Report of the Hyderabad Chloroform Commission
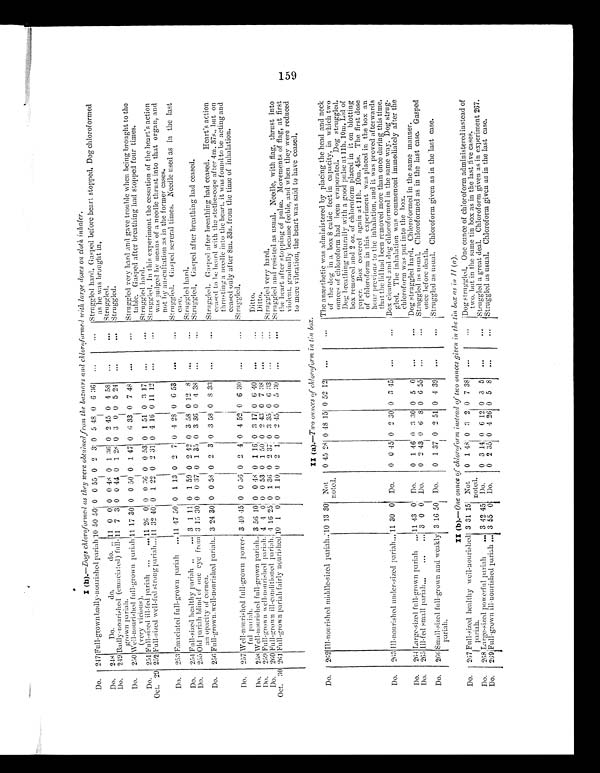
I (h).— Dogs chloroformed as they were obtained from the bazaars and chloroformed with large doses on cloth, inhaler.
Do.
247 Full-grown badly-nourished pariah 10 50 50 0 0 55 0 2 3 0 5 48 0 6 36
...
...
Struggled hard. Gasped before heart stopped, Dog chloroformed
as he was brought in.
Do.
248
Do.
do.
do. . . . 11 0 0 0 0 48
0 1 3 6 0 2 45 0 4 58
...
... Struggled.
Do.
249 Badly-nourished (emaciated) full-
grown pariah.
11 7 3 0 0 44 0 1 28 0 3 0 0 5 24
...
Struggled.
Do.
250 Well-nourished full-grown pariah
(very vicious).
11 17 30 0 0 50 0 1 47 0 6 33 0 7 48
...
...
struggled very hard and gave trouble when being brought to the
table. Gasped after breathing had stopped four times.
Do.
251 Full-sized ill-fed pariah ...
... 11 26 0 0 0 36 0 0 53 0 1 51 0 3 17
...
...
Struggled hard.
Oct. 29 252 Full-sized well-fed strong pariah... 11 32 40 0 1 22 0 2 31 0 4 16 0 11 12
...
...
Struggled. In this experiment the cessation of the heart's action
was judged by means of a needle thrust into that organ, and.
not by auscultation as in the former cases.
Do.
2 5 3
E m a c i a t e d f u l l - g r o w n p a r i a h . . .
1 1 4 7 5 0
0 1 13 0 2 7
0 4 28 0 6 53
...
... Struggled. Gasped several times, Needle used as in the last
case.
Do.
254 Full-sized healthy pariah ..
... 3 1 11 0 1 59 0 2 42 0 3 58 0 12 8
...
...
Struggled hard.
Do.
255 Old pariah blind of one eye from
an opacity of cornea.
3 15 30 0 0 37 0 1 35 0 3 36 0 4 38
...
... Struggled. Gasped after breathing had ceased.
Do.
256 Full-grown,well-nourished pariah.. 3 24 30 0 0 58 0 2 3 0 3 58 0
8 3 3 ...
...
Struggled. Gasped after breathing had ceased. Heart's action
ceased to lie heard with the stethescope after 4m. 37s., but on
thrusting a needle into the heart. it was found to be acting and
ceased only after 8m. 33s. front the time of inhalation.
Do.
257 Well-nourished full-grown power-
ful pariah.
3 40 45 0 0 56 0 2 4 0 4 52 0 6 30
...
struggled
D o .
258 Well-nourished full-grown pariah.. 3 56 10 0 0 48 0 1 16 0 3 17 0 6 40
...
...
Ditto.
Do.
259 Full-grown well-nourished pariah. 4 4 0 0 0 53 0 1 50 0 2 43 0 7 38
...
Ditto.
Do,
260 Full-grown ill-conditioned pariah. 4 16 25 0 1 36 0 2 37 0 3 35 0 6 33
...
. . . Struggled very hard.
Oct. 30 261 Full-grown pariah fairly nourished 10 1 0 0 1 10 0 2 1 0 2 45 0 5 30
. . .
. . .
Struggledand resisted as usual. Needle, with flag, thrust into
the heart after stopping of pulse. Movements of flag, at first
violent. gradually became feeble, and when they were reduced
to mere vibration, the heart was said to have ceased.
II (a).—Two winces of chloroform in tin box.
Do.
262 Ill-nourished middle-sized pariah.. 10 13 30 Not
noted.
0 45 28 0 48 15 0 52 12
...
...
T h e a n æ s t h e t i c w a s a d m i n i s t e r e d b y p l a c i n g t h e h e a d a n d n e c k
of the dog in a box 8 cubic feet in capacity, in which two
ounces of chloroform had been evaporated. Dog struggled.
Dog breathing naturally 3 with a good pulse at 11h. 10m. Lid of
box removed and 2 oz. of chloroform placed in it on blotting
paper. Box covered again at 11h. l0m 45s. The first dose
of chloroform in this experiment was placed in the box an
hour previous to the inhalation, and it was proved afterwards
that the lid had been removed more than once during this time.
Do.
2 6 3
I l l - n o u r i s h e d u n d e r - s i z e d p a r i a h . . . 11 30 0 Do.
0 0 45 0 2 30 0 3 45
...
...
Box cleaned and dog chloroformed in the same way. Dog strug-
gled. The inhalation was commenced immediately after the
chloroform was put into the box.
Do.
261 large-sized full-grown pariah .... 11 43 0 Do.
0 1 46 0 3 30 0 5 0
...
...
Dog struggled hard. Chloroformed in the same manner.
Do.
265 Ill-fed small pariah...
...
... 3 0 0 Do.
0 2 43 0 6
8 0 6 55
...
...
Struggled as usual. Chloroformed as in the last case. Gasped
once before death.
Do.
266 Small-sized full-grown and weakly
pariah.
3 16 50 Do.
0 1 37 0 2 51 0 4 39
...
...
s t u g g l e d a s u s u a l .
C h l o r o f o r m g i v e n a s i n t h e l a s tc
a s e .
II (b) .—Oneounce of chloroform of two ouncesgiven in the tin box as in (a)
.
Do.
2 6 7 Full - sized healthy well-nourished
pariah.
3 31 15 Not
noted.
0 1 48 0 3 2 0 7 38
. . .
...
Dog struggled, One ounce of chloroform administered instead of
two. but in the same tin box as in the last five cases.
Do.
268 Large-sized powerful pariah
... 3 42 45 Do.
0 3 1 0 6 12 0 3 5
...
Struggled a great deal. Chloroform given as in experiment 267.
Do.
269 Full-grown ill-nourished pariah ... 3 55 0 Do.
0 2 35 0 4 26 0 5 8
...
... .
Struggled as usual. Chloroform given as in the last case.